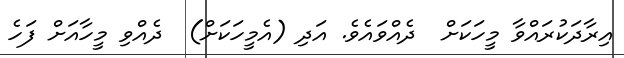
އިރާދަކުރައްވާ މީހަކަށް  ދެއްވައެވެ. އަދި (އެމީހަކަށް)  ދެއްވި މީހާއަށް ފަހެ